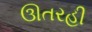
ઊતરહી